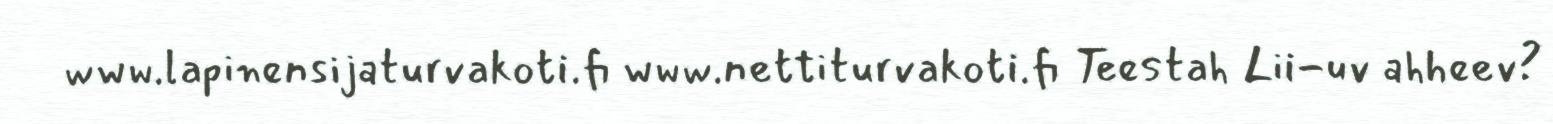
www.lapinensijaturvakoti.fi www.nettiturvakoti.fi Teestah Lii-uv ahheev?